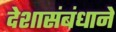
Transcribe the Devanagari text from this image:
देशासंबंधाने